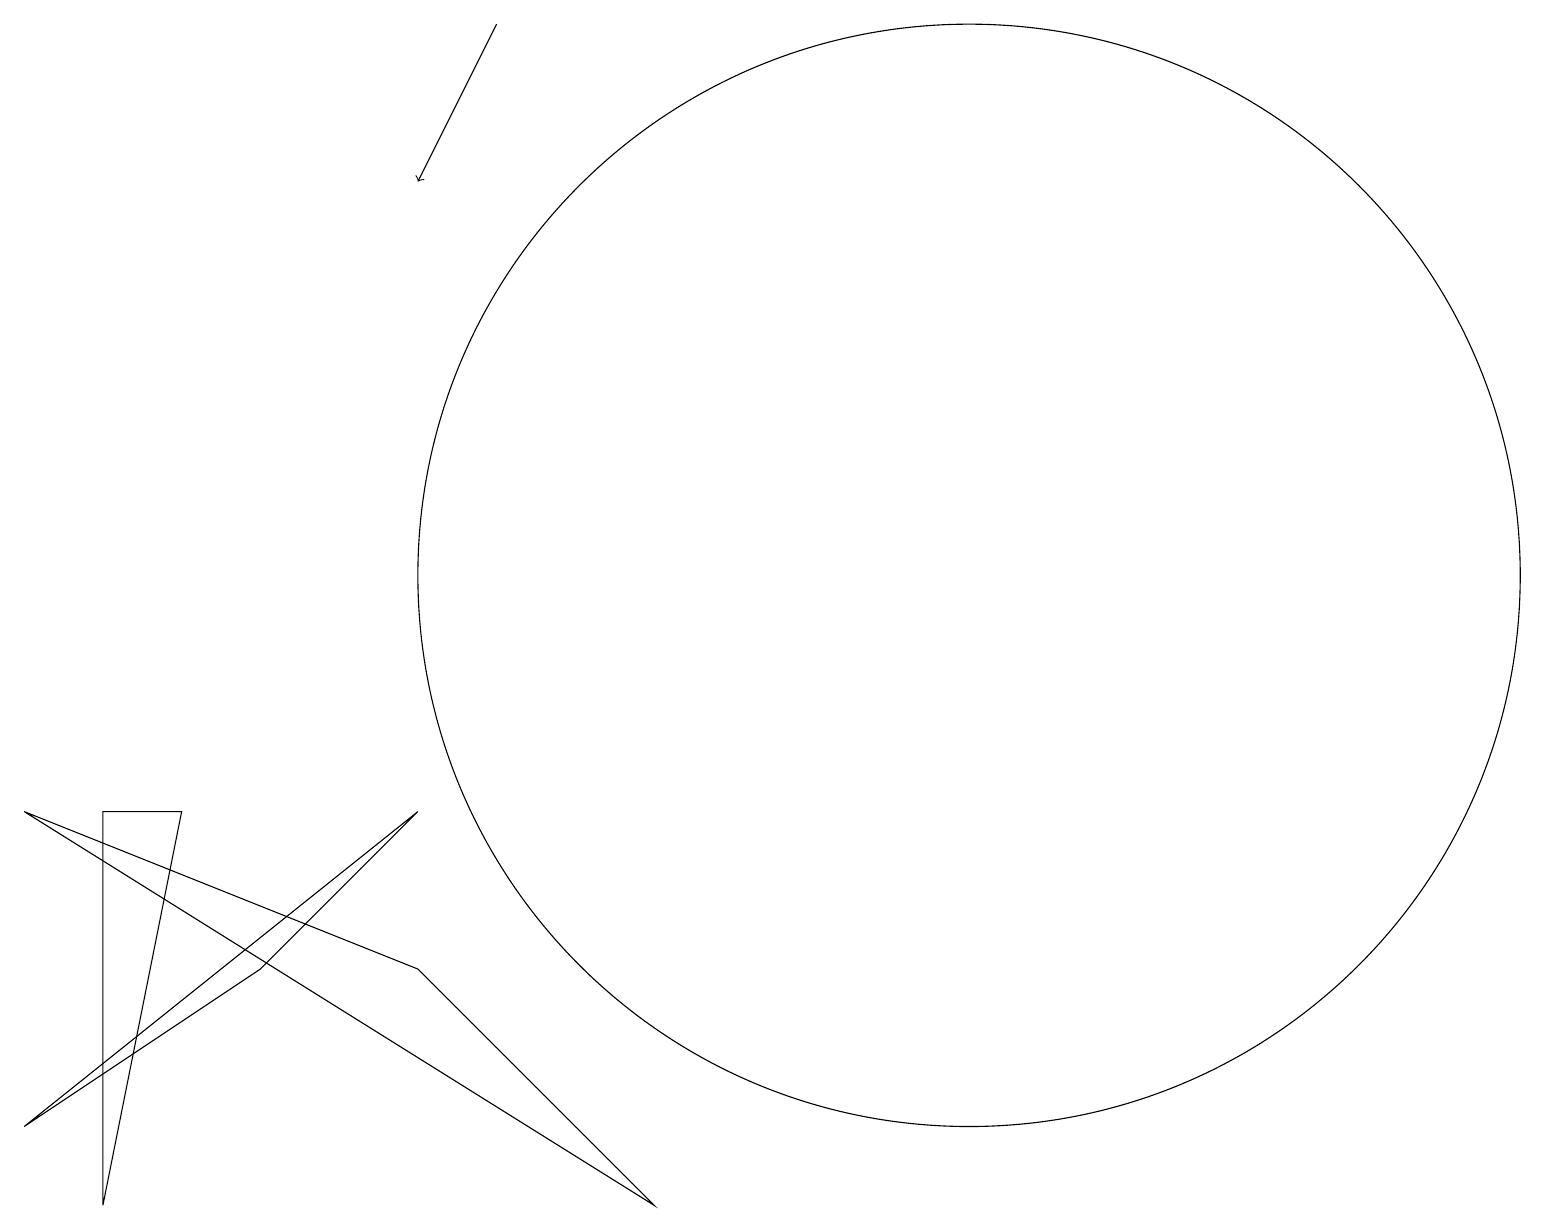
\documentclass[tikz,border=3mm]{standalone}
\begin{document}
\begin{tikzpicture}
\draw (12,11) circle (7);
\draw (5,8) -- (3,6) -- (0,4) -- cycle;
\draw (8,3) -- (5,6) -- (0,8) -- cycle;
\draw (1,8) -- (1,3) -- (2,8) -- cycle;
\draw[->] (6,18) -- (5,16);
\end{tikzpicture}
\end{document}